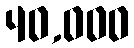
40,000